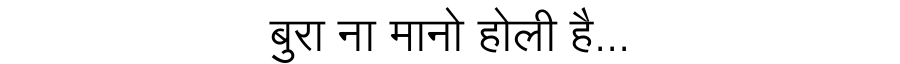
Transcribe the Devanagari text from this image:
बुरा ना मानो होली है...